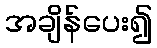
အချိန်ပေး၍